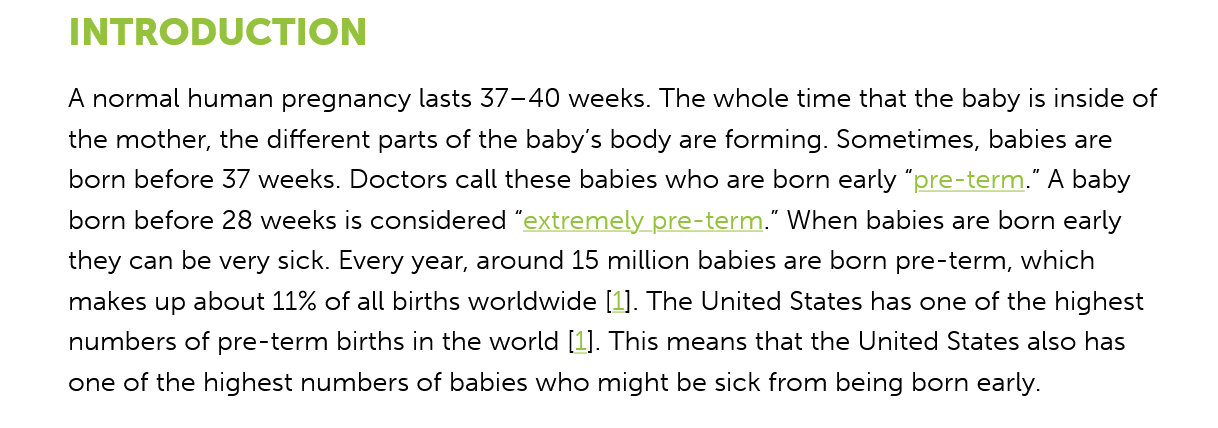
A normal human pregnancy lasts 37-40 weeks. The whole time that the baby is inside of
     the mother, the different parts of the baby’s body are forming. Sometimes, babies are
     born before 37 weeks. Doctors call these babies who are born early “pre-term.” A baby
     born before 28 weeks is considered “extremely pre-term.” When babies are born early
     they can be very sick. Every year, around 15 million babies are born pre-term, which
     makes up about 11% of all births worldwide [1]. The United States has one of the highest
     numbers of pre-term births in the world [1]. This means that the United States also has
     one of the highest numbers of babies who might be sick from being born early.
     INTRODUCTION